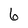
Character: 6